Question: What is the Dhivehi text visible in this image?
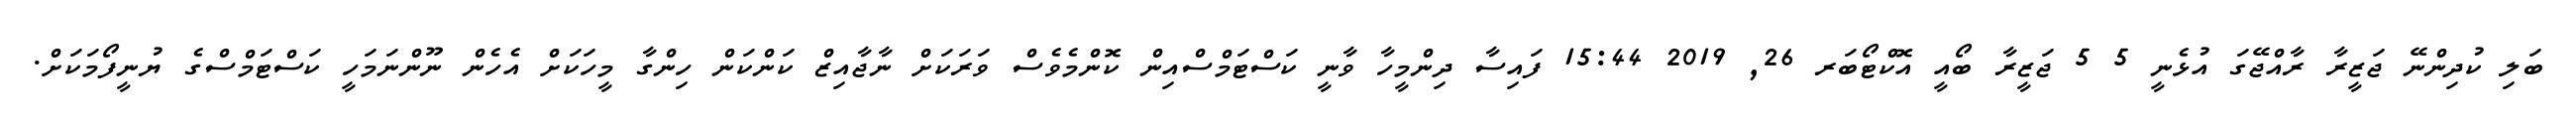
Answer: ބަލި ކުދިންނޭ ޖަޒީރާ ރާއްޖޭގަ އުޅެނީ 5 5 ޖަޒީރާ ބޯއީ އޮކްޓޯބަރ 26, 2019 15:44 ފައިސާ ދިންމީހާ ވާނީ ކަސްޓަމްސްއިން ކޮންމެވެސް ވަރަކަށް ނާޖާއިޒް ކަންކަން ހިންގާ މީހަކަށް އެހެން ނޫންނަމަހީ ކަސްޓަމްސްގެ ޔުނީފޯމަކަށް.